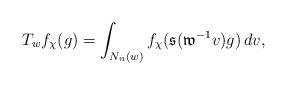
LaTeX: \begin{align*}T_wf_{\chi}(g)=\int_{N_n(w)}f_{\chi}(\mathfrak{s}(\mathfrak{w}^{-1}v)g)\, dv,\end{align*}